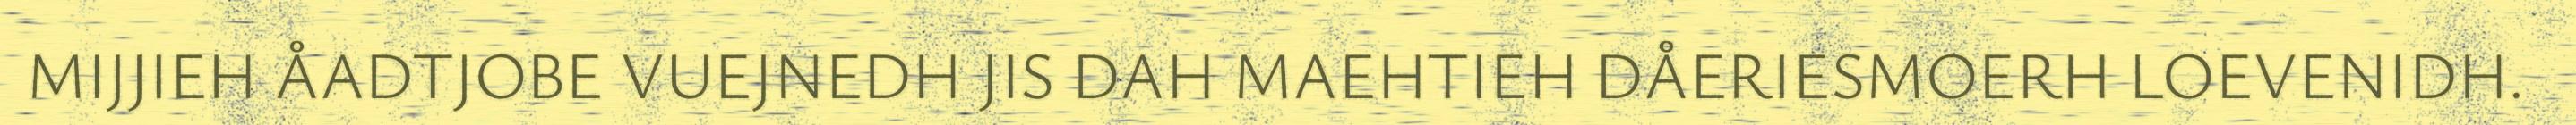
MIJJIEH ÅADTJOBE VUEJNEDH JIS DAH MAEHTIEH DÅERIESMOERH LOEVENIDH.